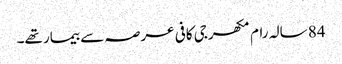
84 سالہ رام مکھرجی کافی عرصہ سے بیمار تھے۔